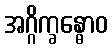
အဂ္ဂိက္ခန္ဓောဝ